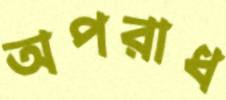
অপরাধ